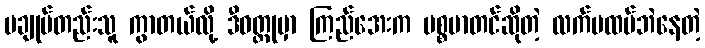
မချုပ်တည်းသူ ကွာတယ်လို့ ဒီဝတ္ထုမှာ ကြည်အေးက မစ္စမာတင်ဆိုတဲ့ လက်မထပ်ဘဲနေတဲ့